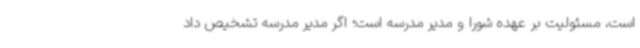
است، مسئولیت بر عهده شورا و مدیر مدرسه است؛ اگر مدیر مدرسه تشخیص داد